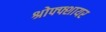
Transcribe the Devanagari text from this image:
श्रोफ्फ्शायर